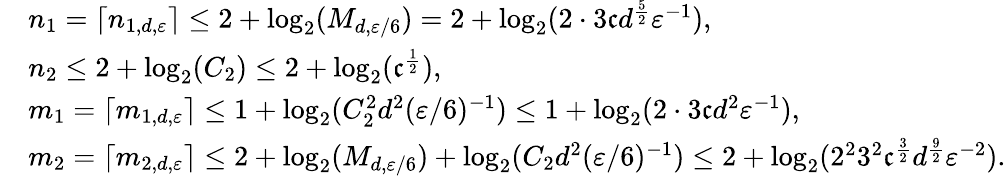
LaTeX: \begin{array}{rl}&{n_{1}=\lceil n_{1,d,{\varepsilon}}\rceil\leq 2+\log_{2}(M_{d,{\varepsilon}/6})=2+\log_{2}(2\cdot 3\mathfrak{c}d^{\frac{5}{2}}{\varepsilon}^{-1}),}\\ &{n_{2}\leq 2+\log_{2}(C_{2})\leq 2+\log_{2}(\mathfrak{c}^{\frac{1}{2}}),}\\ &{m_{1}=\lceil m_{1,d,{\varepsilon}}\rceil\leq 1+\log_{2}(C_{2}^{2}d^{2}({\varepsilon}/6)^{-1})\leq 1+\log_{2}(2\cdot 3\mathfrak{c}d^{2}{\varepsilon}^{-1}),}\\ &{m_{2}=\lceil m_{2,d,{\varepsilon}}\rceil\leq 2+\log_{2}(M_{d,{\varepsilon}/6})+\log_{2}(C_{2}d^{2}({\varepsilon}/6)^{-1})\leq 2+\log_{2}(2^{2}3^{2}\mathfrak{c}^{\frac{3}{2}}d^{\frac{9}{2}}{\varepsilon}^{-2}).}\end{array}